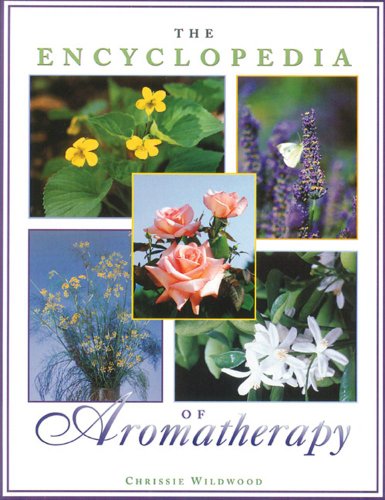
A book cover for The Encyclopedia of Aromatherapy; Chrissie Wildwood; Health, Fitness & Dieting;